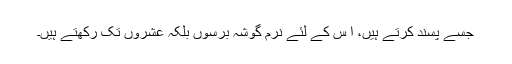
جسے پسند کرتے ہیں، ا س کے لئے نرم گوشہ برسوں بلکہ عشروں تک رکھتے ہیں۔